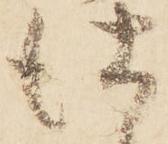
仕